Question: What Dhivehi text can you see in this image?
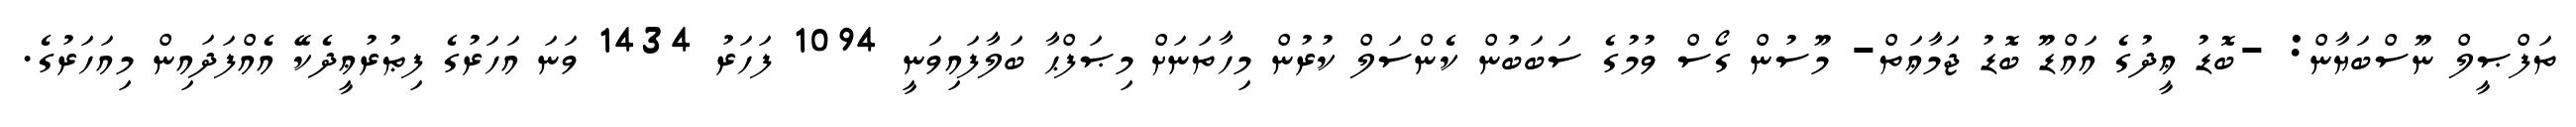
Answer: ތަފްޞީލް ނޫސްބަޔާން: -ބޮޑު ޢީދުގެ އައްޑޫ ބޮޑު ޖަމާޢަތް- މޫސުން ގޯސް ވުމުގެ ސަބަބުން ކެންސަލް ކުރުން މިހާތަނަށް މިޞަފްޙާ ބަލާފައިވަނީ 1094 ފަހަރު 1434 ވަނަ އަހަރުގެ ފިޠުރުޢީދެކޭ އެއްފަދައިން މިއަހަރުގެ.